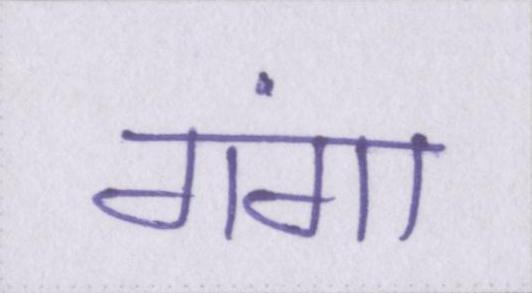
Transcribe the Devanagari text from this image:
गंगा